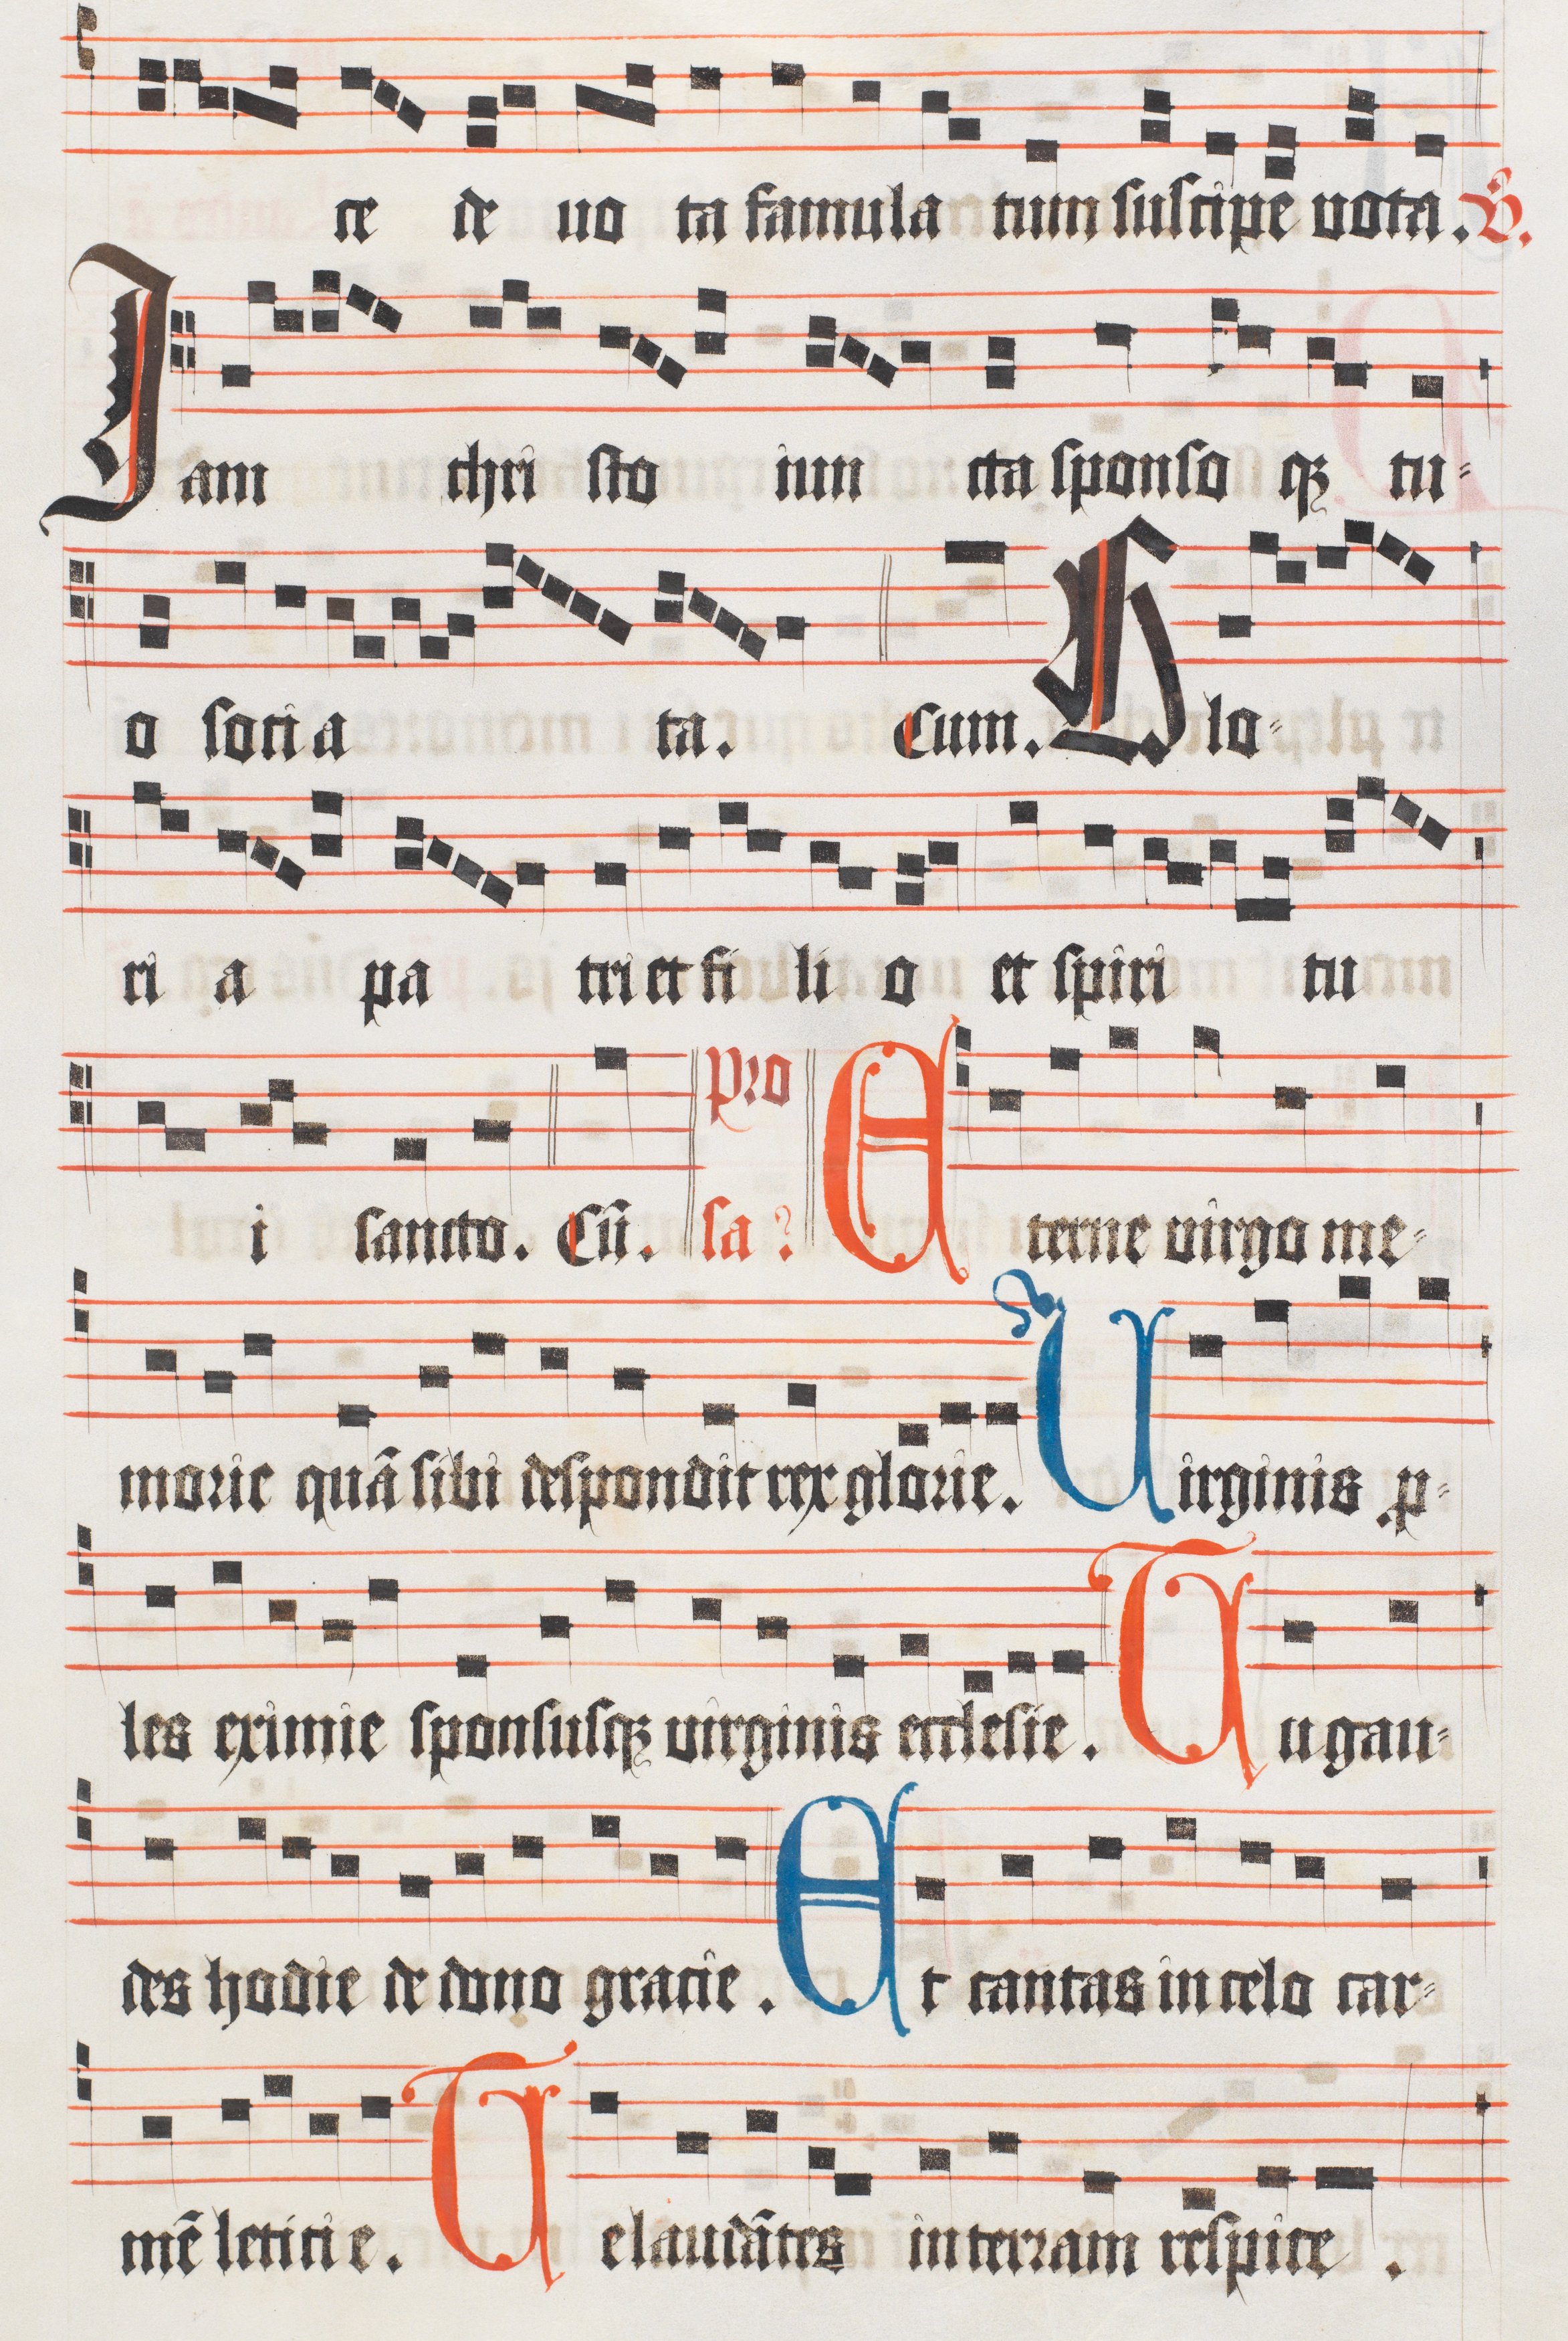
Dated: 1510–1517